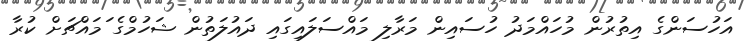
އަހުސަންގެ އިތުރުން މުހައްމަދު ހުސައިން މަރާލި މައްސަލައިގައި ދައުލަތުން ޝަހުމްގެ ަމައްޗަށް ކުރާ